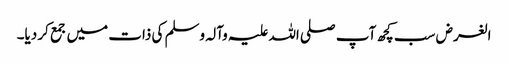
الغرض سب کچھ آپ صلی اللہ علیہ وآلہ وسلم کی ذات میں جمع کر دیا۔